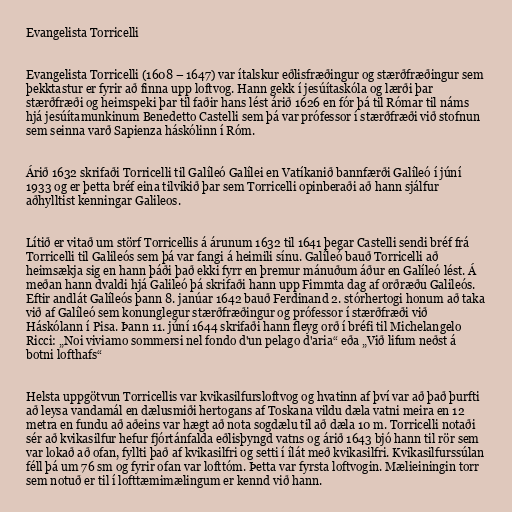
Evangelista Torricelli

Evangelista Torricelli (1608 – 1647) var ítalskur eðlisfræðingur og stærðfræðingur sem
þekktastur er fyrir að finna upp loftvog. Hann gekk í jesúítaskóla og lærði þar
stærðfræði og heimspeki þar til faðir hans lést árið 1626 en fór þá til Rómar til náms
hjá jesúítamunkinum Benedetto Castelli sem þá var prófessor í stærðfræði við stofnun
sem seinna varð Sapienza háskólinn í Róm.

Árið 1632 skrifaði Torricelli til Galíleó Galílei en Vatíkanið bannfærði Galíleó í júní
1933 og er þetta bréf eina tilvikið þar sem Torricelli opinberaði að hann sjálfur
aðhylltist kenningar Galileos.

Lítið er vitað um störf Torricellis á árunum 1632 til 1641 þegar Castelli sendi bréf frá
Torricelli til Galileós sem þá var fangi á heimili sínu. Galíleó bauð Torricelli að
heimsækja sig en hann þáði það ekki fyrr en þremur mánuðum áður en Galíleó lést. Á
meðan hann dvaldi hjá Galileó þá skrifaði hann upp Fimmta dag af orðræðu Galileós.
Eftir andlát Galíleós þann 8. janúar 1642 bauð Ferdinand 2. stórhertogi honum að taka
við af Galíleó sem konunglegur stærðfræðingur og prófessor í stærðfræði við
Háskólann í Pisa. Þann 11. júní 1644 skrifaði hann fleyg orð í bréfi til Michelangelo
Ricci: „Noi viviamo sommersi nel fondo d'un pelago d'aria“ eða „Við lifum neðst á
botni lofthafs“

Helsta uppgötvun Torricellis var kvikasilfursloftvog og hvatinn af því var að það þurfti
að leysa vandamál en dælusmiði hertogans af Toskana vildu dæla vatni meira en 12
metra en fundu að aðeins var hægt að nota sogdælu til að dæla 10 m. Torricelli notaði
sér að kvikasilfur hefur fjórtánfalda eðlisþyngd vatns og árið 1643 bjó hann til rör sem
var lokað að ofan, fyllti það af kvikasilfri og setti í ílát með kvikasilfri. Kvikasilfurssúlan
féll þá um 76 sm og fyrir ofan var lofttóm. Þetta var fyrsta loftvogin. Mælieiningin torr
sem notuð er til í lofttæmimælingum er kennd við hann.